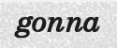
gonna